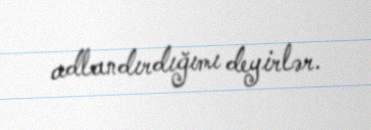
adlandırdığımı deyirlər.